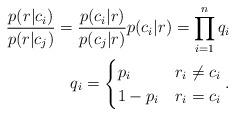
LaTeX: \begin{align*}\frac{p(r|c_i)}{p(r|c_j)} = \frac{p(c_i|r)}{p(c_j|r)} p(c_i|r) = \prod_{i=1}^{n}q_i \\ q_i = \begin{cases} p_i & r_i \neq c_i \\ 1 - p_i & r_i = c_i \end{cases}.\end{align*}